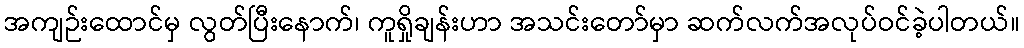
အကျဉ်းထောင်မှ လွတ်ပြီးနောက်၊ ကူရှိုချန်းဟာ အသင်းတော်မှာ ဆက်လက်အလုပ်ဝင်ခဲ့ပါတယ်။